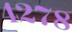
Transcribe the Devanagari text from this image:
४२७८